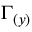
\Gamma _ { ( y ) }